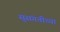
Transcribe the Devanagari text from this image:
सुसंगतीच्या